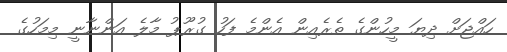
ހައްޖަށް ދިޔަ މީހުންގެ ތެރެއިން އެންމެ ފަހު ގުރޫޕު މާލެ އަންނާނީ މިމަހުގެ